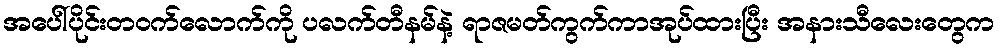
အပေါ်ပိုင်းတဝက်လောက်ကို ပလက်တီနမ်နဲ့ ရာဇမတ်ကွက်ကာအုပ်ထားပြီး အနားသီလေးတွေက